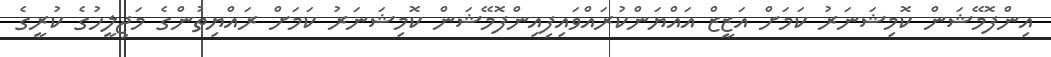
އިންފޮމޭޝަން ކޮމިޝަނަރު ކަމަށް އަޒީޒް އައްޔަންކުރައްވައިފިއިންފޮމޭޝަން ކޮމިޝަނަރު ކަމަށް ރައްޔިތުންގެ މަޖިލީހުގެ ކުރީގެ